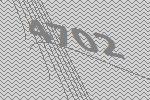
4702